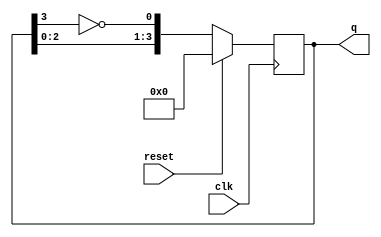
module johnson_counter #(
    parameter n = 4  // Number of flip-flops
)(
    input wire clk,       // Clock signal
    input wire reset,     // Synchronous reset signal
    output reg [n-1:0] q // Output of the counter
);

    // Initial state
    initial begin
        q = 0; // Initialize counter to 0
    end

    // Sequential operation
    always @(posedge clk) begin
        if (reset) begin
            q <= 0; // Reset the counter to 0
        end else begin
            // Johnson counter logic
            q <= {q[n-2:0], ~q[n-1]}; // Shift and feedback inverted last bit
        end
    end

endmodule